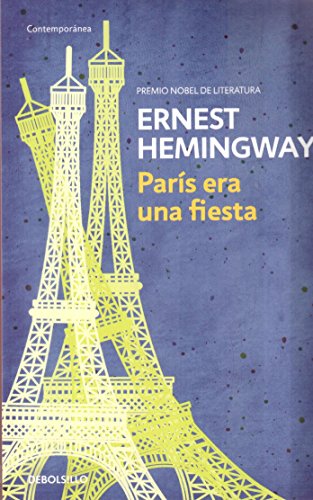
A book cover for ParÃ­s era una fiesta / A Moveable Feast (Spanish Edition); Ernest Hemingway; Teen & Young Adult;